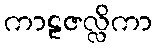
ကာဠဇလ္လိကာ